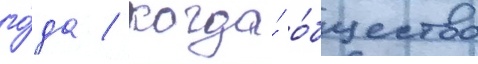
го́да / когда́ о́бщество